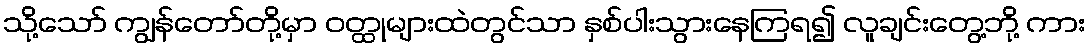
သို့သော် ကျွန်တော်တို့မှာ ဝတ္ထုများထဲတွင်သာ နှစ်ပါးသွားနေကြရ၍ လူချင်းတွေ့ဘို့ ကား